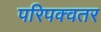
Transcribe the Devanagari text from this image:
परिपक्वतर